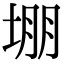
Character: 堋